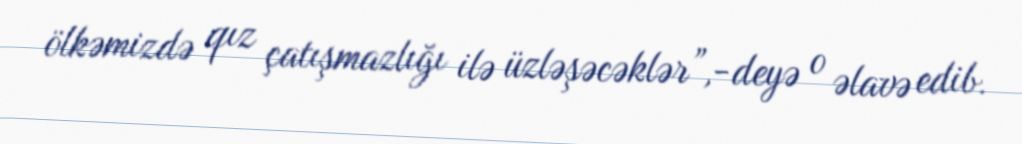
ölkəmizdə qız çatışmazlığı ilə üzləşəcəklər”,-deyə o əlavə edib.